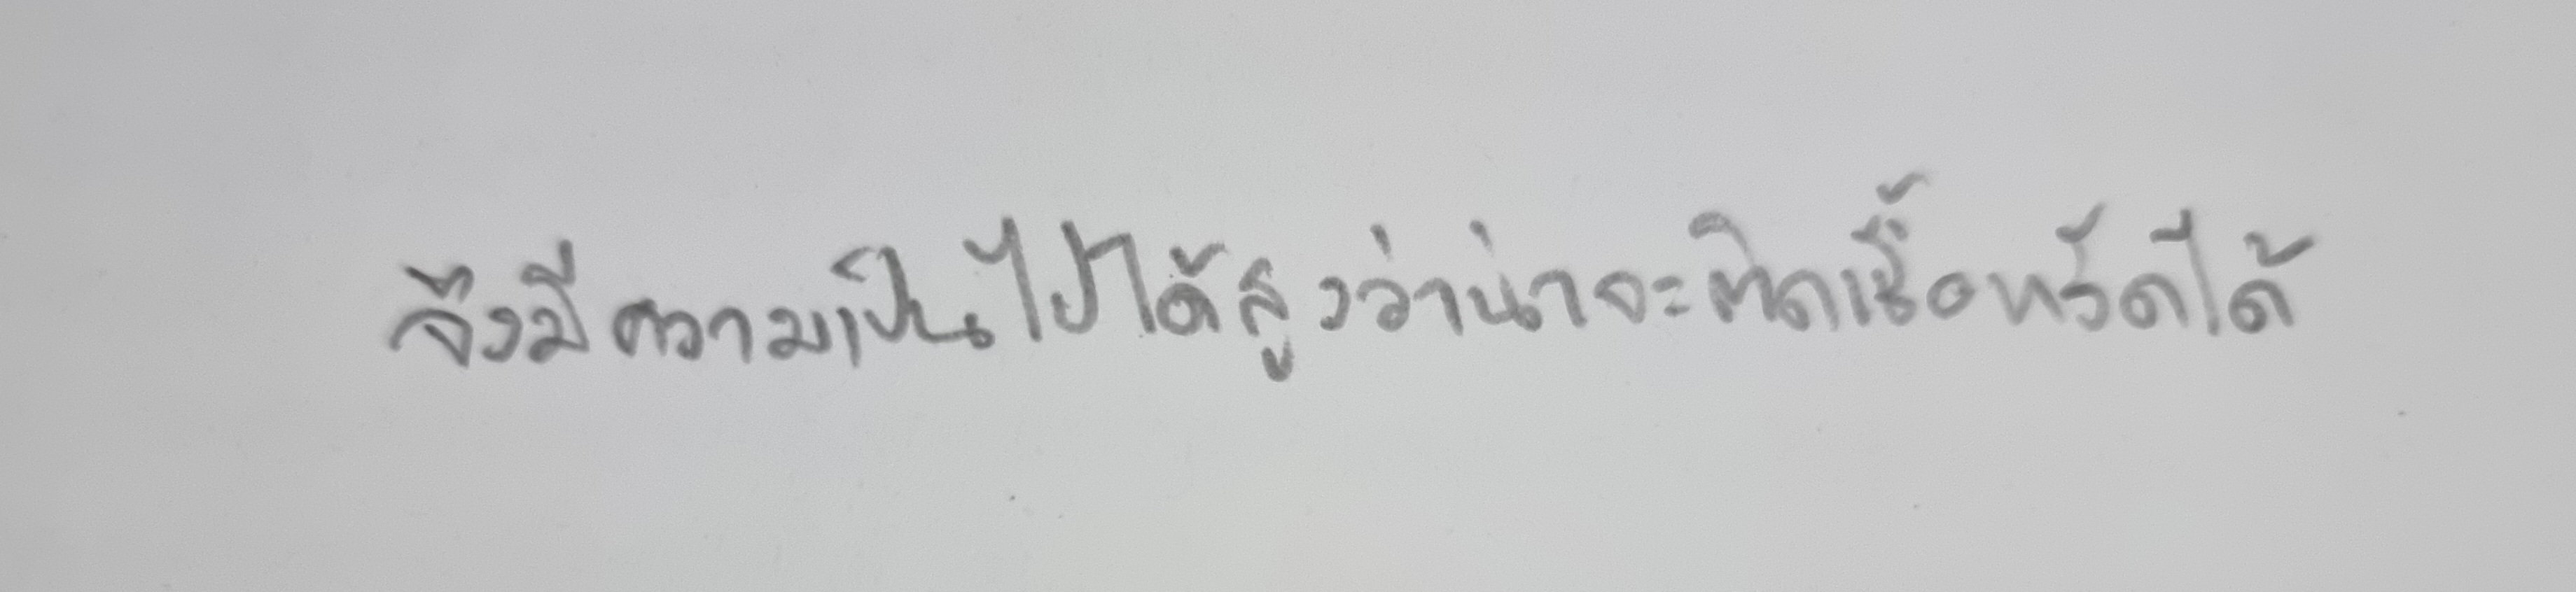
จึงมีความเป็นไปได้สูงว่าน่าจะติดเชื้อหวัดได้